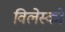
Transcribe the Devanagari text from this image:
विलेस्को